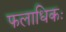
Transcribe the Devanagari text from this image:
फलाधिकः